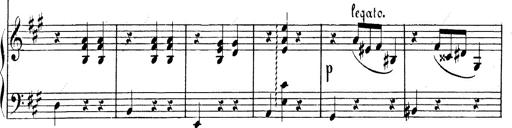
Title: Valse Impromptu
Composer: Emil von Sauer